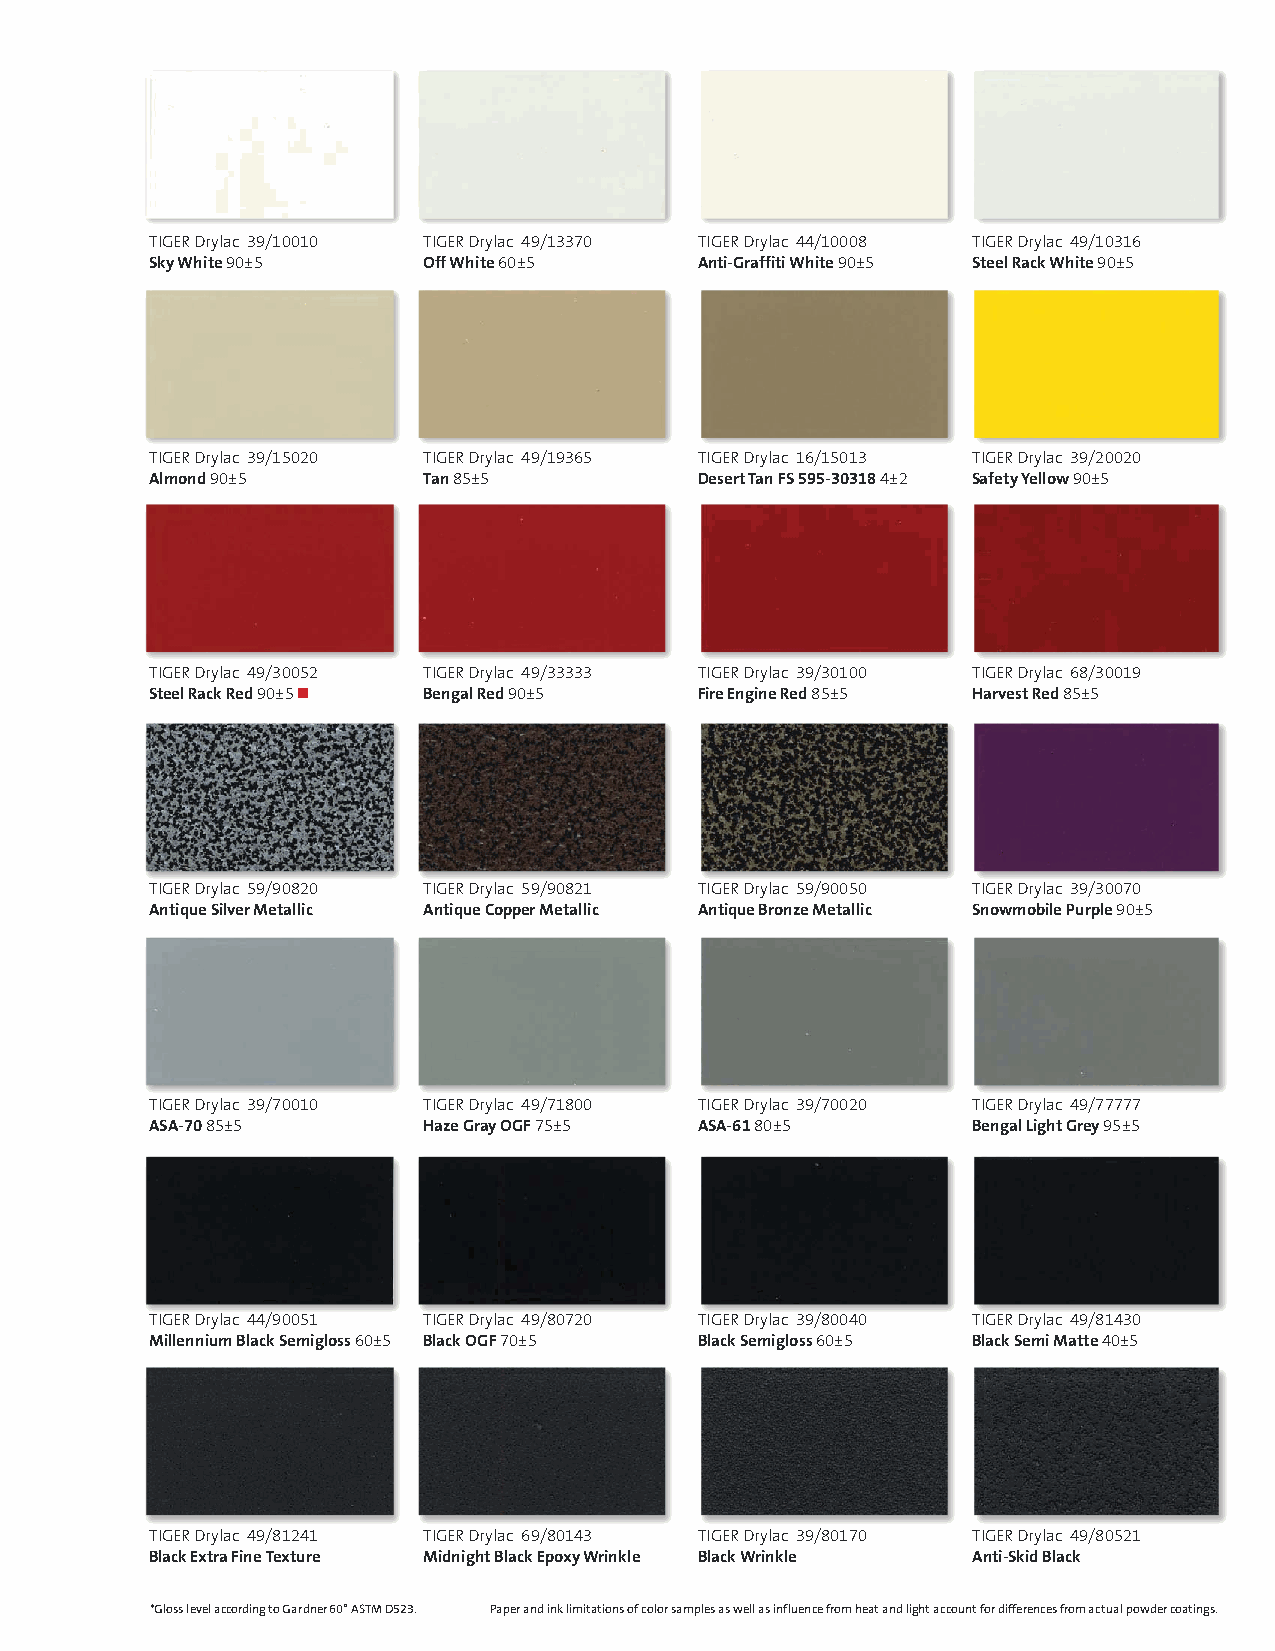
TIGER Drylac 39/10010 TIGER Drylac 49/13370 TIGER Drylac 44/10008 TIGER Drylac 49/10316
 Sky White90±5     Off White60±5     Anti-Graffiti White90±5 Steel Rack White90±5
 TIGER Drylac 39/15020 TIGER Drylac 49/19365 TIGER Drylac 16/15013 TIGER Drylac 39/20020
 Almond90±5        Tan85±5           Desert Tan FS 595-303184±2 Safety Yellow90±5
 TIGER Drylac 49/30052 TIGER Drylac 49/33333 TIGER Drylac 39/30100 TIGER Drylac 68/30019
 Steel Rack Red90±5 ■ Bengal Red90±5 Fire Engine Red85±5 Harvest Red85±5
 TIGER Drylac 59/90820 TIGER Drylac 59/90821 TIGER Drylac 59/90050 TIGER Drylac 39/30070
 Antique Silver Metallic Antique Copper Metallic Antique Bronze Metallic Snowmobile Purple90±5
 TIGER Drylac 39/70010 TIGER Drylac 49/71800 TIGER Drylac 39/70020 TIGER Drylac 49/77777
 ASA-7085±5        Haze Gray OGF 75±5 ASA-6180±5       Bengal Light Grey95±5
 TIGER Drylac 44/90051 TIGER Drylac 49/80720 TIGER Drylac 39/80040 TIGER Drylac 49/81430
 Millennium Black Semigloss60±5 Black OGF70±5 Black Semigloss60±5 Black Semi Matte40±5
 TIGER Drylac 49/81241 TIGER Drylac 69/80143 TIGER Drylac 39/80170 TIGER Drylac 49/80521
 Black Extra Fine Texture Midnight Black Epoxy Wrinkle Black Wrinkle Anti-Skid Black
 *Gloss level according to Gardner 60° ASTM D523. Paper and ink limitations of color samples as well as influence from heat and light account for differences from actual powder coatings.